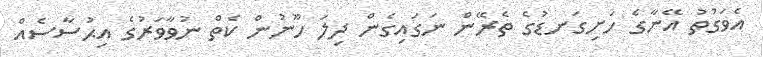
އެވަގުތު އޭނާގެ ހަށިގަނޑުގެ ތެރޭން ނަގައިގެން ދިލަ ހޫނުން ކެތް ނުވާވަރުގެ އިޙުސާސެއް